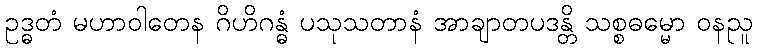
ဥဒ္ဓတံ မဟာဝါတေန ဂိဟိဂန္ဓံ ပသုသတာနံ အာချာတပဒန္တိ သစ္စဓမ္မော ဝနညူ